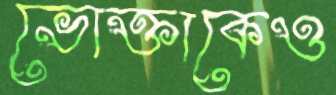
ভোক্তাকেও